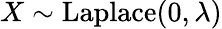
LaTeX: X\sim{\textrm{Laplace}}(0,\lambda)